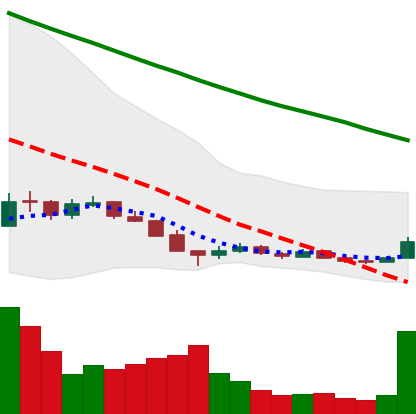
Ticker: ADA-USD
Chart end date: 2018-12-17
Forward return: 27.983%
Label: up_7plus